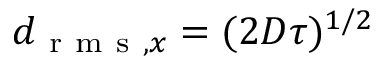
d _ { \mathrm { ~ r ~ m ~ s ~ } , x } = ( 2 D \tau ) ^ { 1 / 2 }